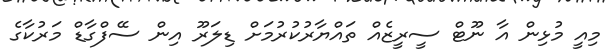
މިއީ މުޅިން އާ ނޫޓް ސީރީޒެއް ތައްޔާރުކުރުމަށް ޑިލަރޫ އިން ސޭފްގާޑް މަރުކާގެ